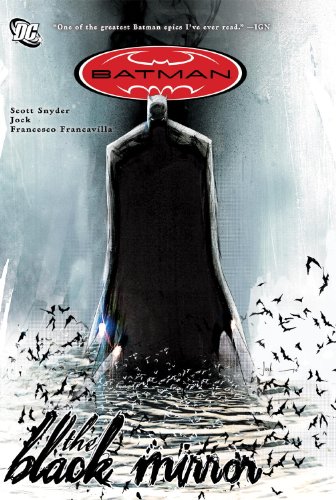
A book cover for Batman: The Black Mirror; Scott Snyder; Comics & Graphic Novels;